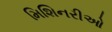
મિશિનરીઓ